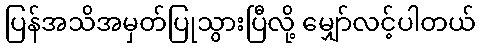
ပြန်အသိအမှတ်ပြုသွားပြီလို့ မျှော်လင့်ပါတယ်